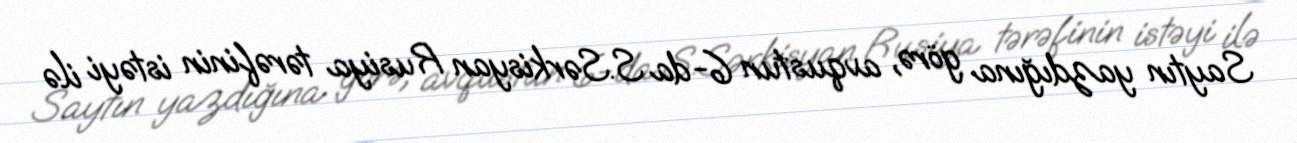
Saytın yazdığına görə, avqustun 6-da S.Sərkisyan Rusiya tərəfinin istəyi ilə